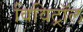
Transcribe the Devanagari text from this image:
विविट्रॉल